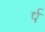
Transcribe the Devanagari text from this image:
र्प